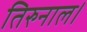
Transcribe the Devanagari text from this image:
तिरुनाल।